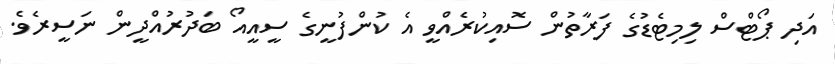
އަދި ޕޯޓްސް ލިމިޓެޑުގެ ފަރާތުން ސޮއިކުރެއްވީ އެ ކުންފުނީގެ ސީއީއޯ ބަދުރުއްދީން ނަސީރެވެ.